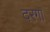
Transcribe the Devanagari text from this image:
दरगा